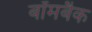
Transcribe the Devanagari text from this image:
बॉमबैक